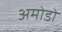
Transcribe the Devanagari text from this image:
अमोडो